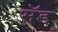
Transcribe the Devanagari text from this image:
मॅड